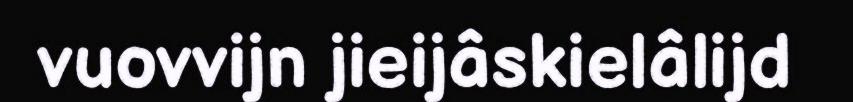
vuovvijn jieijâskielâlijd